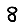
Digit: 8